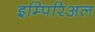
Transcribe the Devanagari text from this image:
इम्पिरिअल